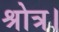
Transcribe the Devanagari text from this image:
श्रोत्र।